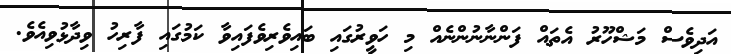
އަދިވެސް މަޝްހޫރު އެތައް ފަންނާނުންނެއް މި ހަވީރުގައި ބައިވެރިވެފައިވާ ކަމުގައި ފާރިހު ވިދާޅުވިއެވެ.